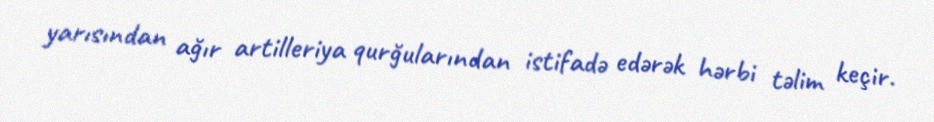
yarısından ağır artilleriya qurğularından istifadə edərək hərbi təlim keçir.